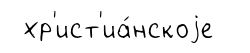
хр'ист'иа́нскоjе